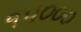
૧૫૦૦૦